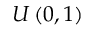
U \left( 0 , 1 \right)